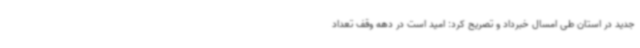
جدید در استان طی امسال خبرداد و تصریح کرد: امید است در دهه وقف تعداد